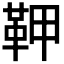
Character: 𩉾